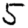
Digit: 5